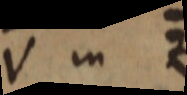
V in Z